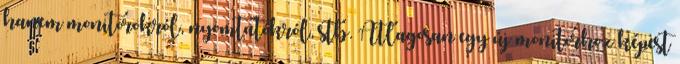
hanem monitorokról, nyomtatókról, stb. Átlagosan egy új monitorhoz képest